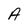
Character: A